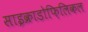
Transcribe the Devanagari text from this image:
साइक्राडोफ़िलिकल